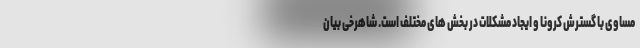
مساوی با گسترش کرونا و ایجاد مشکلات در بخش های مختلف است. شاهرخی بیان